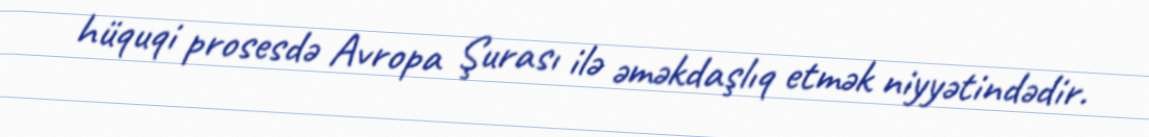
hüquqi prosesdə Avropa Şurası ilə əməkdaşlıq etmək niyyətindədir.